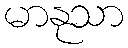
မာနုသာ